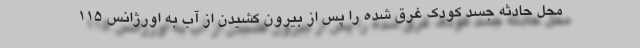
محل حادثه جسد کودک غرق شده را پس از بیرون کشیدن از آب به اورژانس ۱۱۵